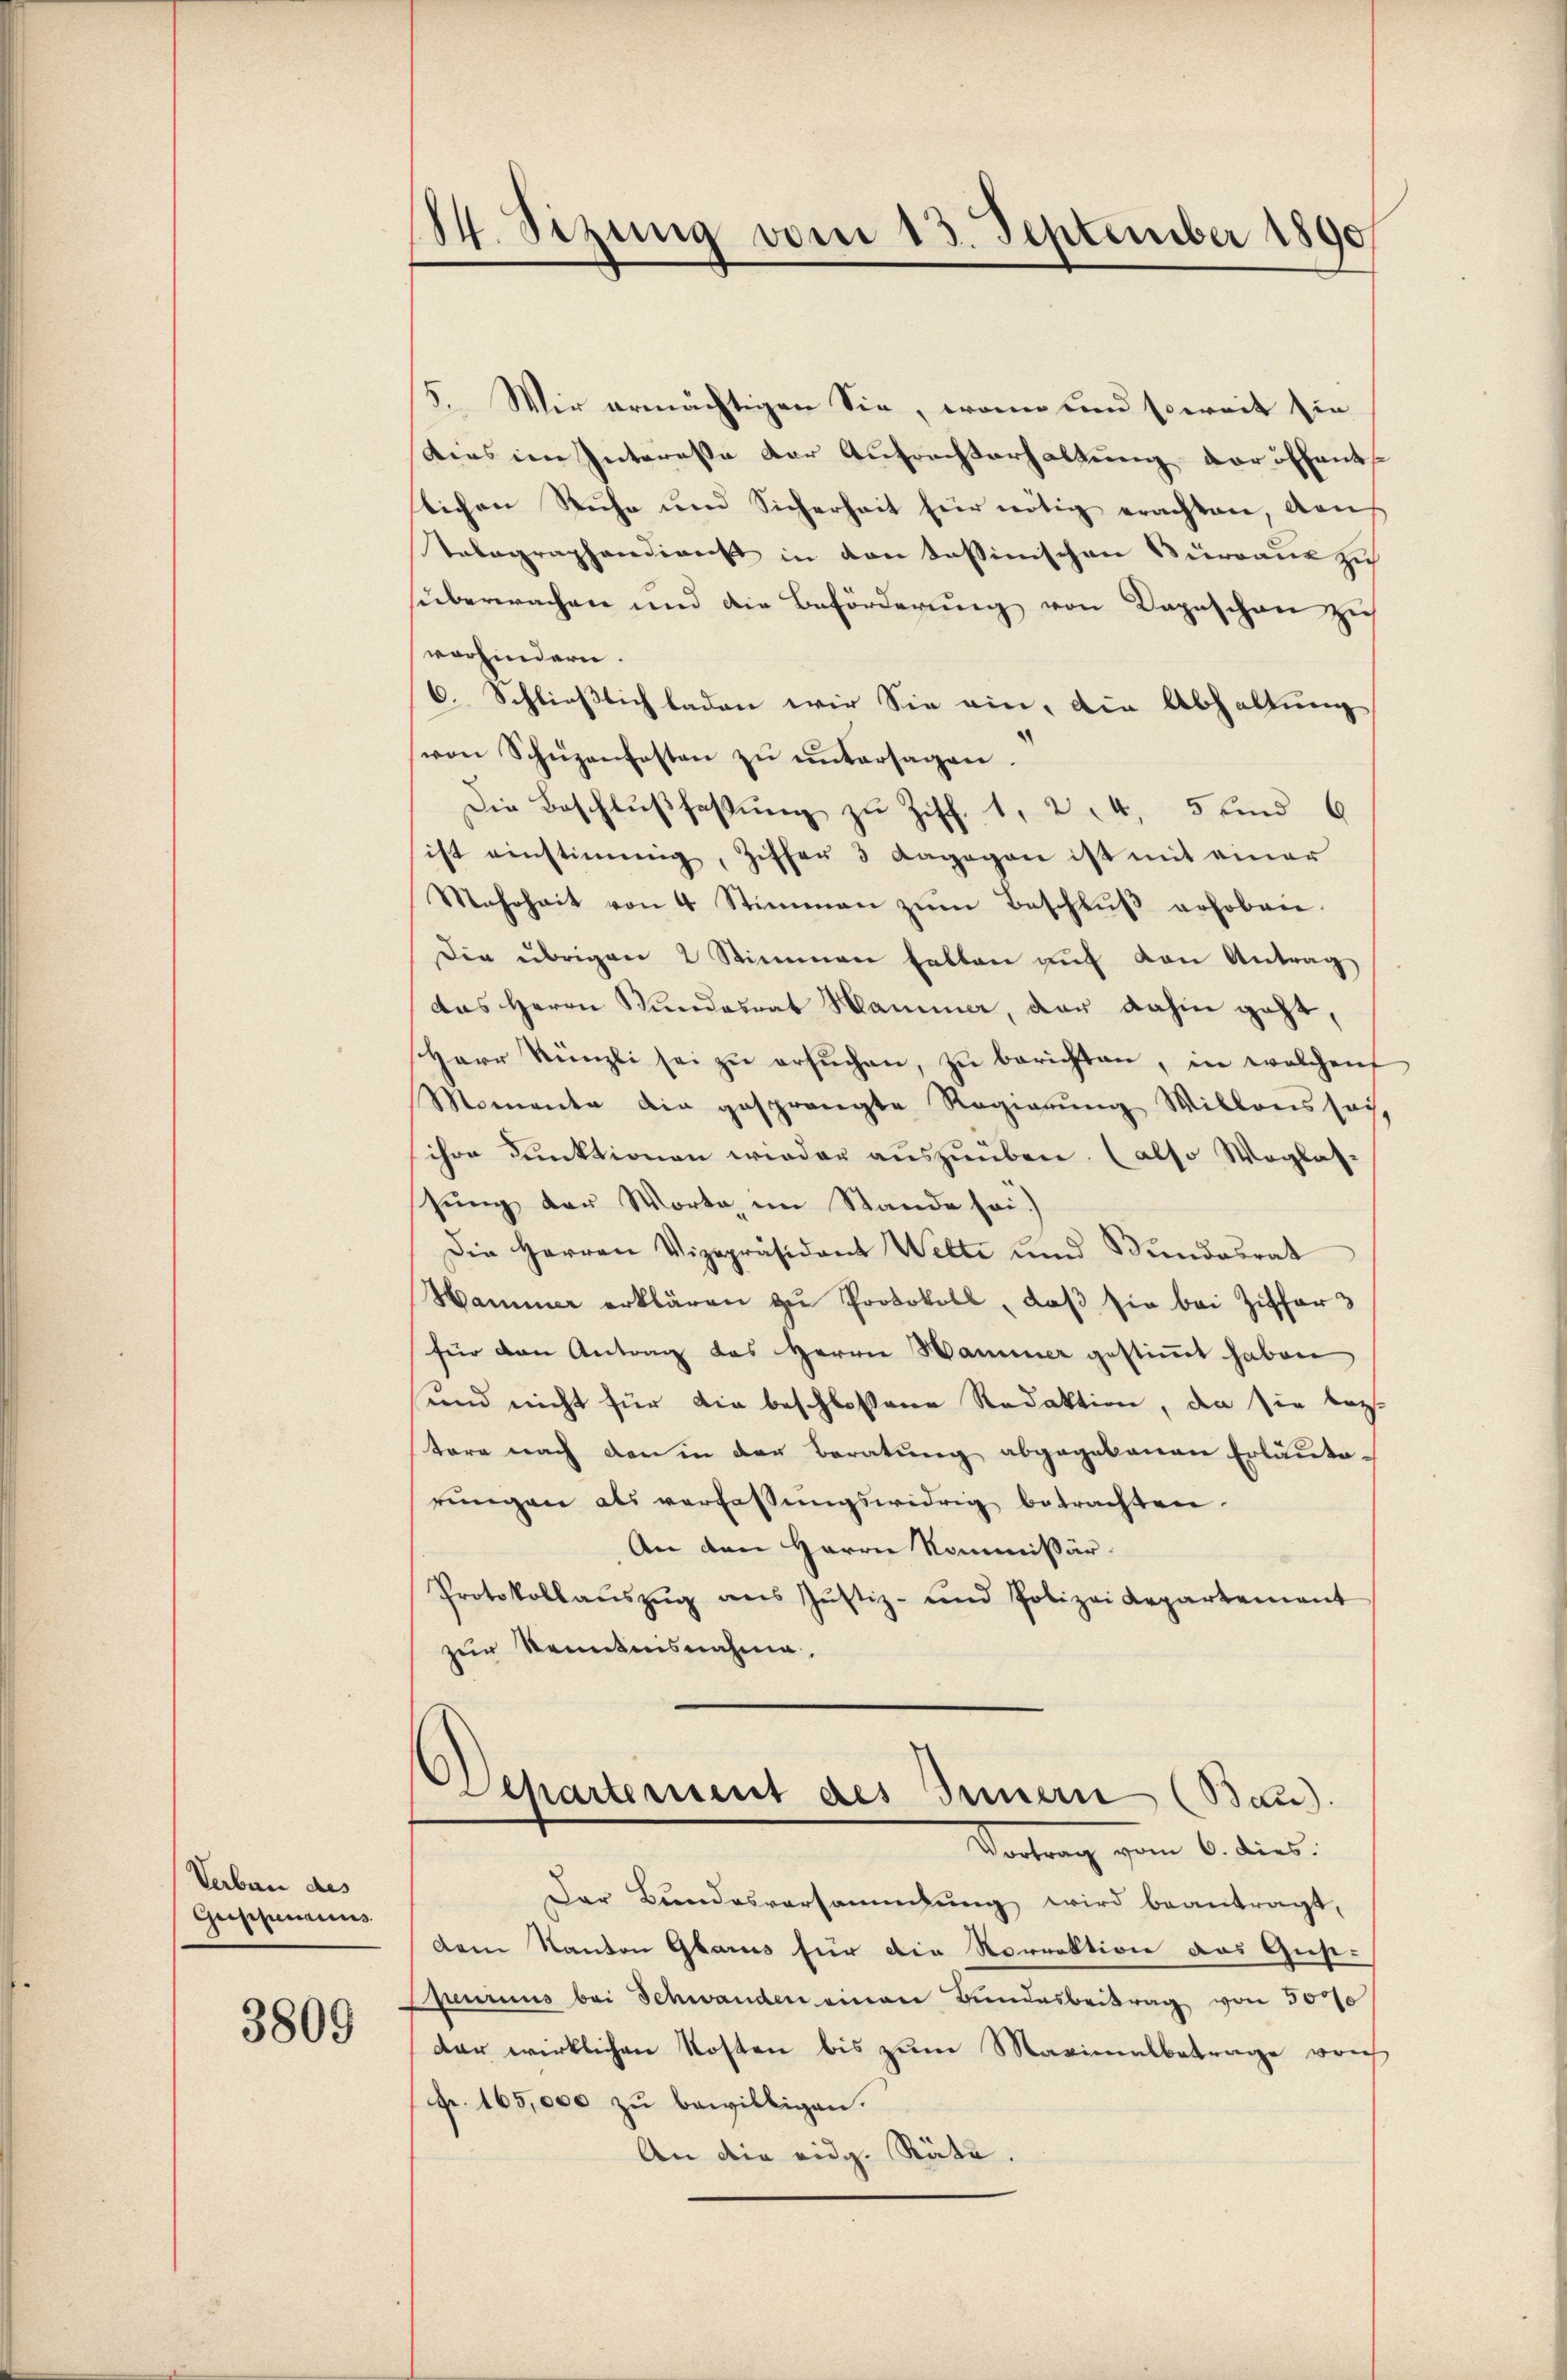
Verbau des
Grossencius

3809

84. Sizung vom 13. September 1890

15. Wir ermächtigen Sie, wenn und soweit sie
dies im Interesse der Aufrechterhaltung der öffenttichen Ruhe und Sicherheit für nötig erachten, das
Telegraphendienst in von tessinischen Surraus zi
süberwachen und die Beförderung von Depeschen zu
vorhindern.
6. Schließlich laden wir Sie ein, die Abhaltung
von Schüzenfosten zŭ ŭntersagen.
Die Beschlŭβfaβŭng zu Ziff. 1, 24, 5 und 6
ist einstimmig, Ziffer 3 dagegen ist mit einer
Mahrheit von 4 Stimmen zŭm Beschlŭβ erhoben.
Die übrigen 2 Stimmen fallen auf den Antrag
das Herrn Stundesrat Hammer, der dahin geht,
Herr Künzli sei zu ersuchen, zu berichten, in welchen
Momente die gesprängte Regierŭng Willons sey,
ihre Funktionen wieder auszuüben. (also Weglas-
stung der Worta, im Stande sei.)
Die Herren Vizepräsident Wette und Bundesrat
Hammer erklären zŭ Protokoll, daß sie bei Ziffer 3
für den Antrag des Herrn Hammer gestimmt haben
und nicht für die beschlossene Redaktion, da sie bez.
tore nach den in der Beratung abgegebenen Erläuterungen als verfassungswidrig betrachten.
An den Herrn Kommissär
Protokollaŭszŭg ans Jŭstiz- und Polizei Repartement
zur Kenntnisnahme.
Departement des Innern (Baus
Vertrag vom 6. dies:
Der Bundesversammlung wird beantragt,
dem Kanton Glarus für die Norrektion das Gust-
peurius bei Schwanden einen Bundesbeitrag von 3000
dar wirklichen Kosten bis zum Maximalbetrage vorh
fr. 165,000 zu bewilligen.
An die eidg. Räte.